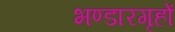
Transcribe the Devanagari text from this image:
भण्डारगृहों